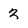
Character: 3